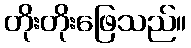
တိုးတိုးဖြေသည်။